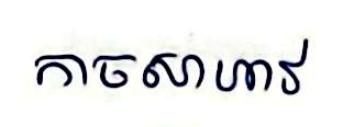
កាចសាហាវ